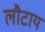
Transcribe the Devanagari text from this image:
लौटाय